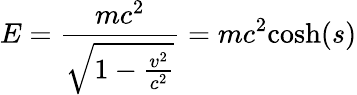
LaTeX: E={\frac{mc^{2}}{\sqrt{1-{\frac{v^{2}}{c^{2}}}}}}=mc^{2}{\mathrm{cosh}}(s)